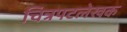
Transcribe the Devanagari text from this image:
चित्रपटलेखक